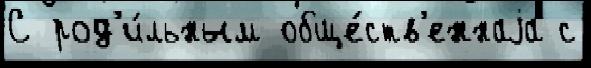
С род'и́льным обще́ств'еннаjа с